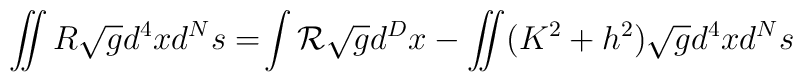
\int\!\!\!\!\int R \sqrt{g} d^{4}x d^{N}s = \! \int {\cal R}\sqrt{g} d^{D}x -\int\!\!\!\!\int (K^{2}+ h^{2})\sqrt{g} d^{4}x d^{N}s